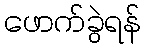
ဖောက်ခွဲရန်